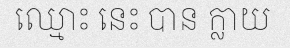
ឈ្មោះ នេះ បាន ក្លាយ